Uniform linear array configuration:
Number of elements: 64
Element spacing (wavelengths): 0.5
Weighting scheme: uniform
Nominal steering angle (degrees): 15
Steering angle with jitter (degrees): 13.908
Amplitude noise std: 0.05
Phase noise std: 0.05

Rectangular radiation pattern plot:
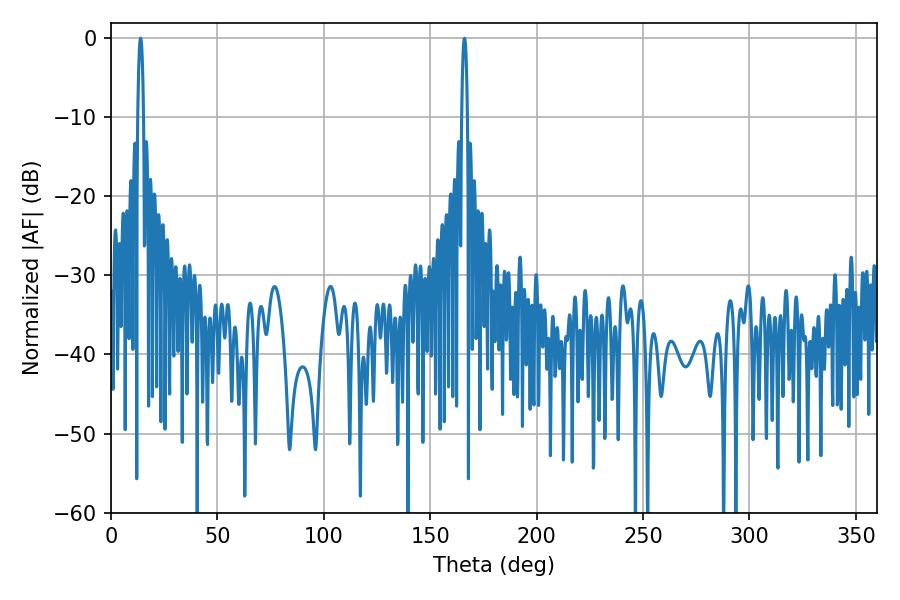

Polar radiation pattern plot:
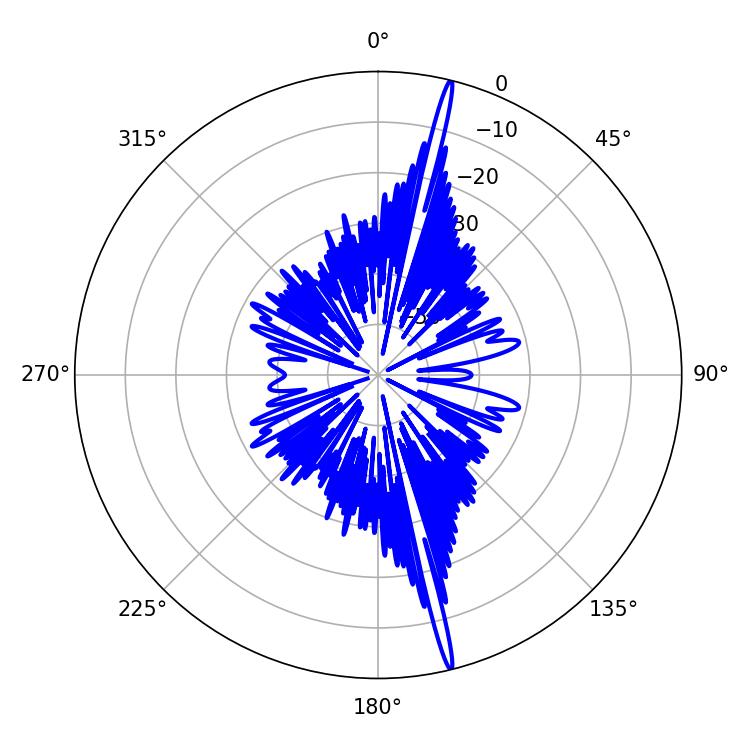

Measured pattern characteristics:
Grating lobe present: FALSE
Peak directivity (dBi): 21.118
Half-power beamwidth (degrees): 1.44
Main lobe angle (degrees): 13.86